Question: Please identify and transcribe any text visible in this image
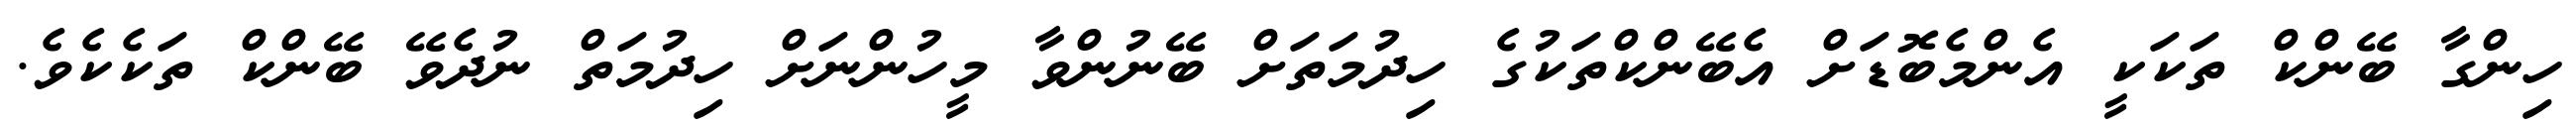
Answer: ހިންގާ ބޭންކް ތަކަކީ އެންމެބޮޑަށް އެބޭންކްތަކުގެ ހިދުމަތަށް ބޭނުންވާ މީހުންނަށް ހިދުމަތް ނުދެވޭ ބޭންކް ތަކެކެވެ.